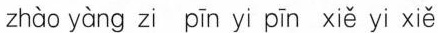
zhào yàng zi pīn yi pīn xiě yi xiě 二、照样子。拼-拼，写一写。(6分) cǎo zì tóu 例： tí shǒu páng nǚ zì páng dān rén páng